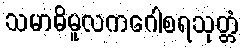
သမာဓိမူလကဂေါစရသုတ္တံ